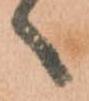
へ